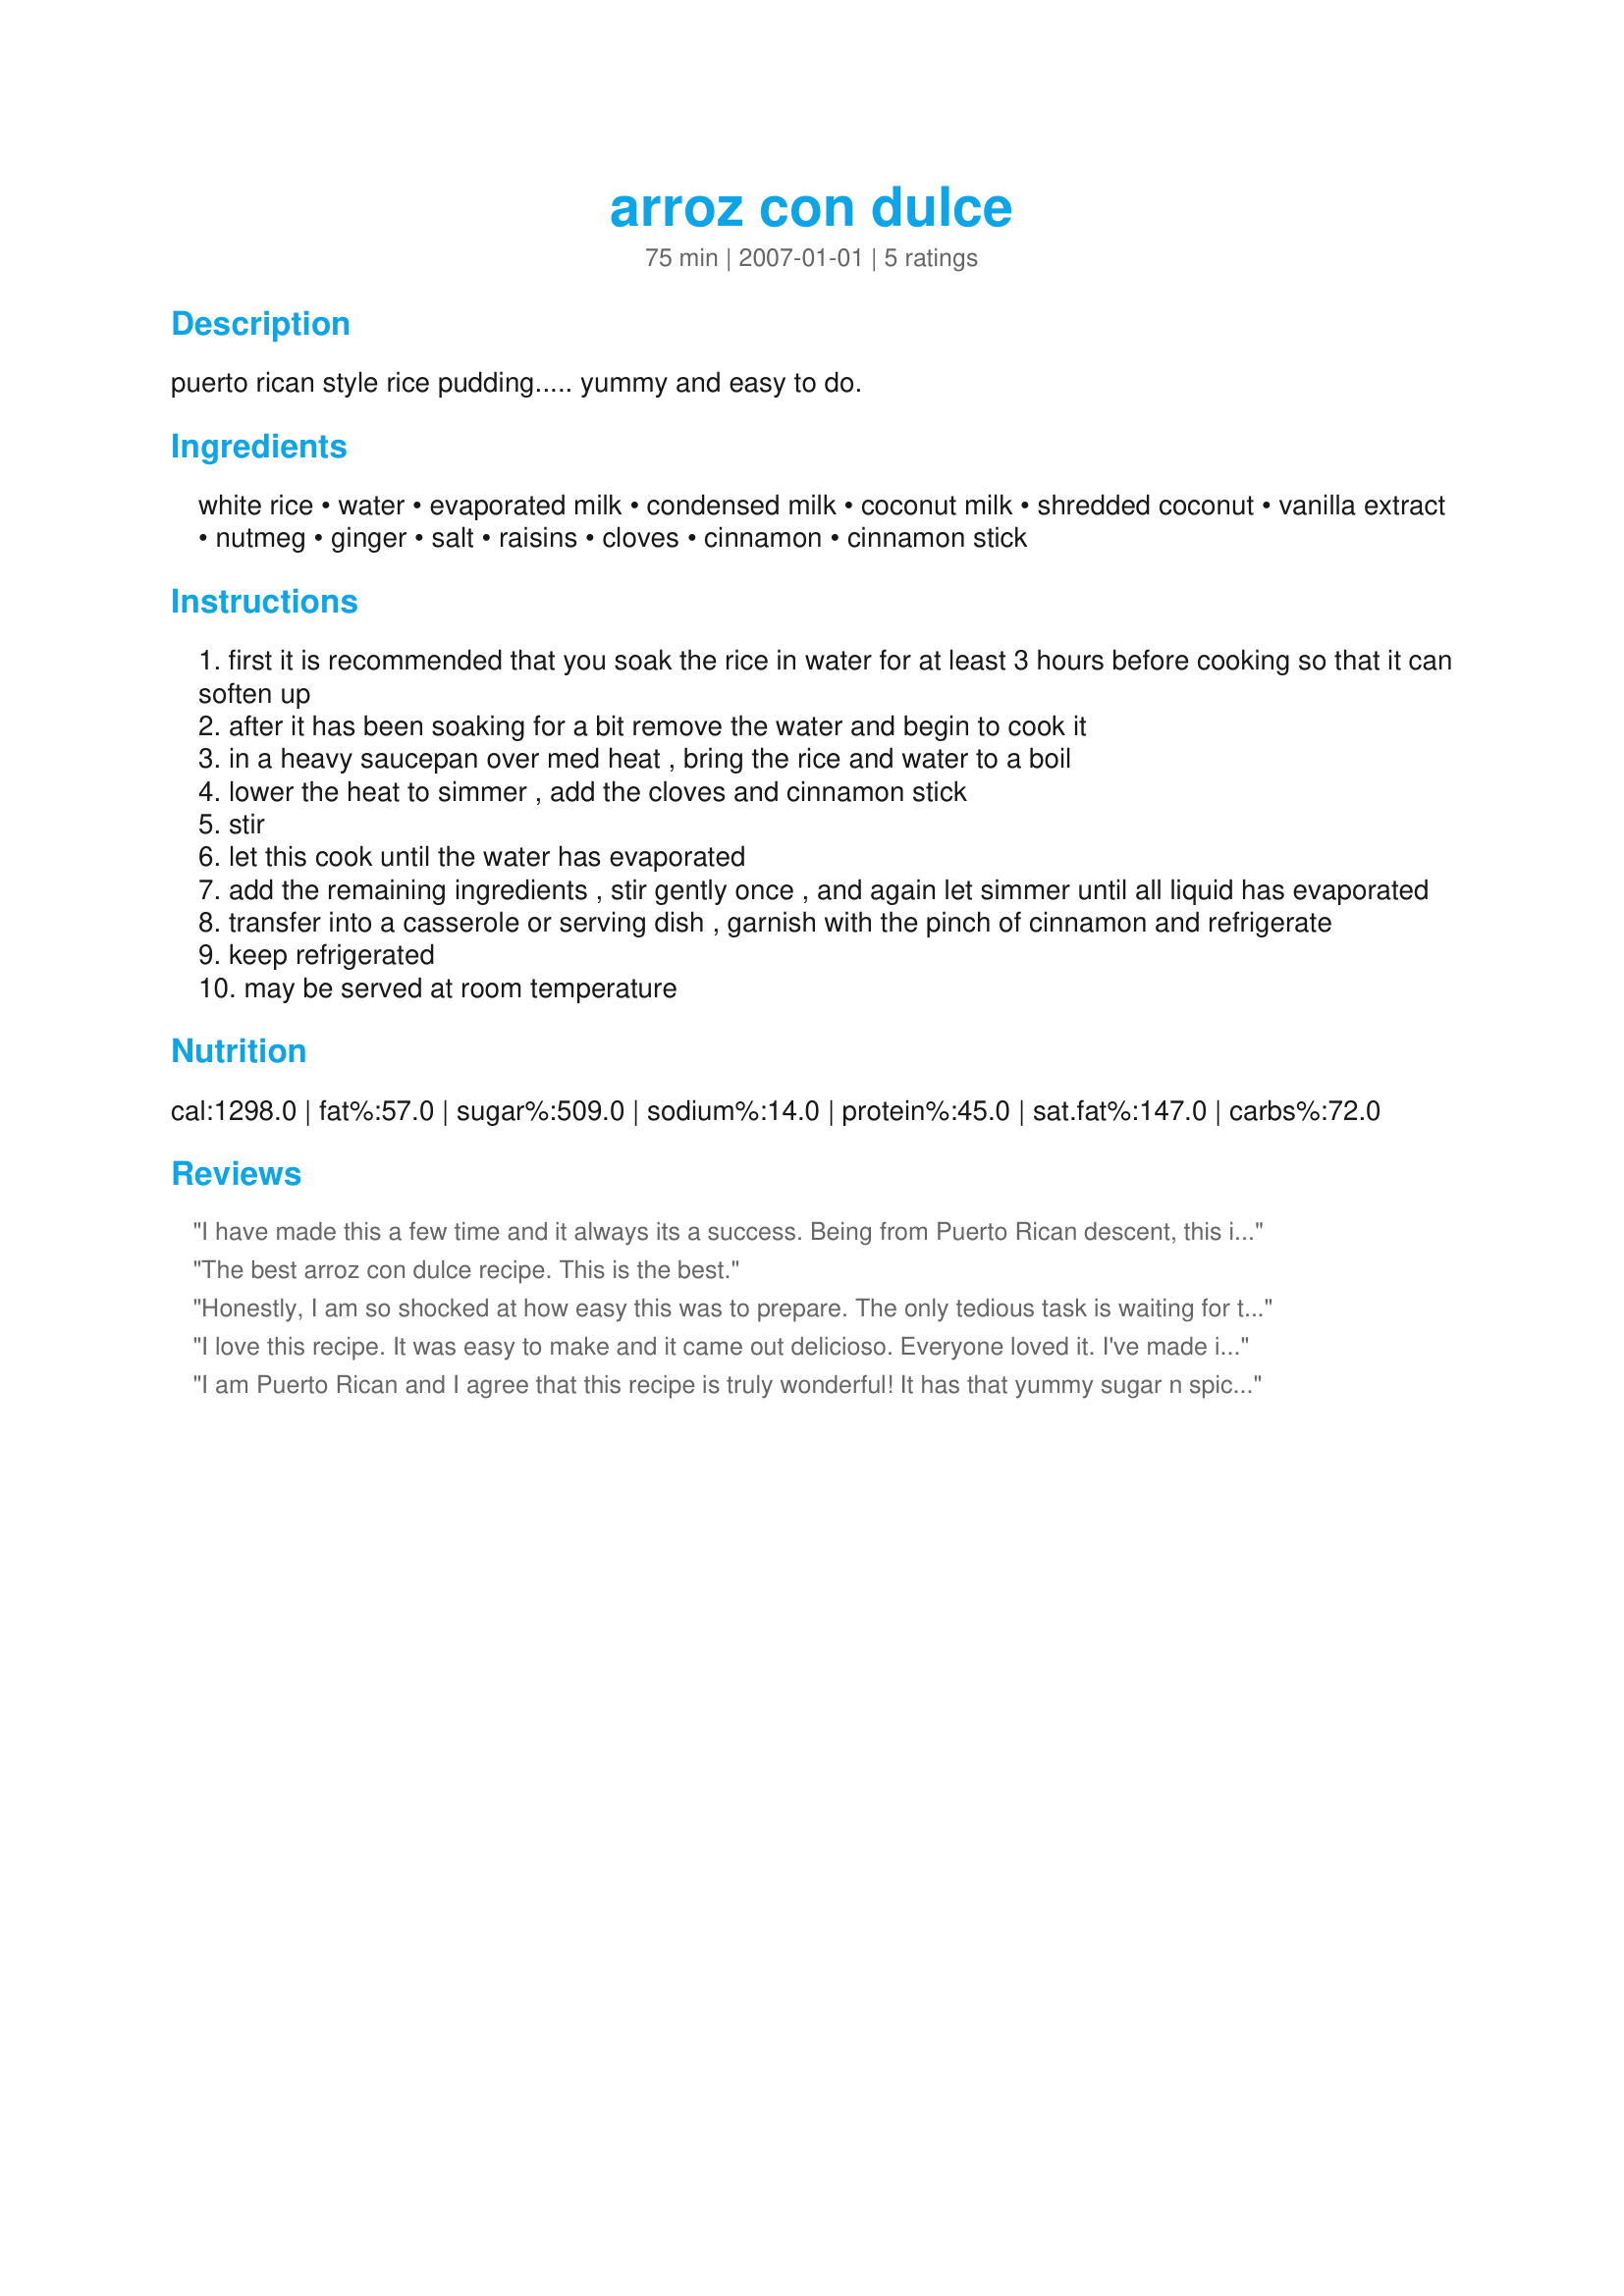
arroz con dulce
Preparation time: 75 minutes

puerto rican style rice pudding..... yummy and easy to do.

Ingredients:
white rice, water, evaporated milk, condensed milk, coconut milk, shredded coconut, vanilla extract, nutmeg, ginger, salt, raisins, cloves, cinnamon, cinnamon stick

Steps:
first it is recommended that you soak the rice in water for at least 3 hours before cooking so that it can soften up
after it has been soaking for a bit remove the water and begin to cook it
in a heavy saucepan over med heat , bring the rice and water to a boil
lower the heat to simmer , add the cloves and cinnamon stick
stir
let this cook until the water has evaporated
add the remaining ingredients , stir gently once , and again let simmer until all liquid has evaporated
transfer into a casserole or serving dish , garnish with the pinch of cinnamon and refrigerate
keep refrigerated
may be served at room temperature

Reviews:
I have made this a few time and it always its a success. Being from Puerto Rican descent, this is a most at Christmas time in my house. However, something that was not mentioned in the recipe is that the rice has to be soaked in water for at least 3 hours before cooking. When putting in the pot make sure you drain the water.
The best arroz con dulce recipe. This is the best.
Honestly, I am so shocked at how easy this was to prepare. The only tedious task is waiting for the rice to soak in water for a little over 3 hours. Lol! I love the fact that you don&#039;t have to add sugar or a ton of cinnamon for taste and flavor because of the condensed (sweetened) milk. The only 3 things that I dis different was, I added about 3/4 cup more of raisins, about 5 more spice cloves, and a little over a cup more of water when it was boiling with water. Other than that, it turned out extremely delicious!
I love this recipe. It was easy to make and it came out delicioso. Everyone loved it. I've made it 5 times already.
I am Puerto Rican and I agree that this recipe is truly wonderful! It has that yummy sugar n spice effect! LOVE IT!!!
